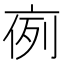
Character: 𠅜